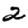
Digit: 2